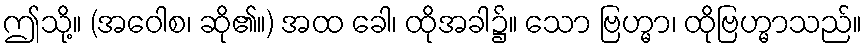
ဤသို့။ (အဝေါစ၊ ဆို၏။) အထ ခေါ၊ ထိုအခါ၌။ သော ဗြဟ္မာ၊ ထိုဗြဟ္မာသည်။